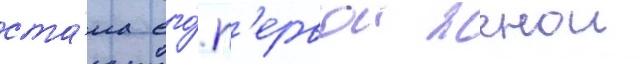
ста́ла его́ п'ервои женои